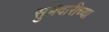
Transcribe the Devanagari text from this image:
सुभेदारीच्या